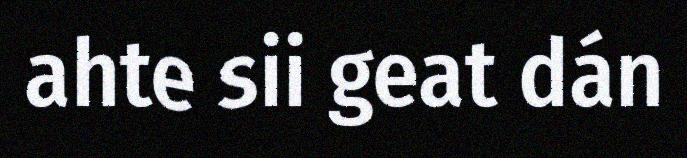
ahte sii geat dán